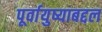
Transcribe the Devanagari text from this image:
पूर्वायुष्याबद्दल